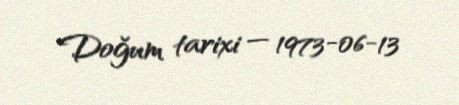
Doğum tarixi — 1973-06-13